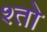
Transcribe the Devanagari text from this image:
श्तो